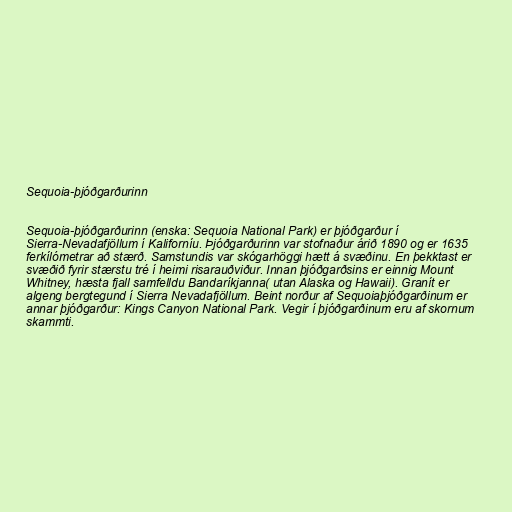
Sequoia-þjóðgarðurinn

Sequoia-þjóðgarðurinn (enska: Sequoia National Park) er þjóðgarður í
Sierra-Nevadafjöllum í Kaliforníu. Þjóðgarðurinn var stofnaður árið 1890 og er 1635
ferkílómetrar að stærð. Samstundis var skógarhöggi hætt á svæðinu. En þekktast er
svæðið fyrir stærstu tré í heimi risarauðviður. Innan þjóðgarðsins er einnig Mount
Whitney, hæsta fjall samfelldu Bandaríkjanna( utan Alaska og Hawaii). Granít er
algeng bergtegund í Sierra Nevadafjöllum. Beint norður af Sequoiaþjóðgarðinum er
annar þjóðgarður: Kings Canyon National Park. Vegir í þjóðgarðinum eru af skornum
skammti.